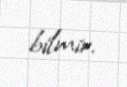
bilmir.